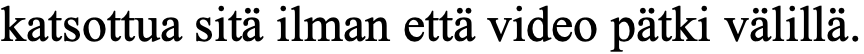
katsottua sitä ilman että video pätki välillä.